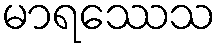
မာရဿေသ